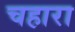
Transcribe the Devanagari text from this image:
चहारा